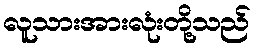
လူသားအားလုံးတို့သည်